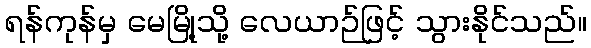
ရန်ကုန်မှ မေမြို့သို့ လေယာဉ်ဖြင့် သွားနိုင်သည်။